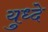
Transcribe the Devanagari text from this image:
युध्दे